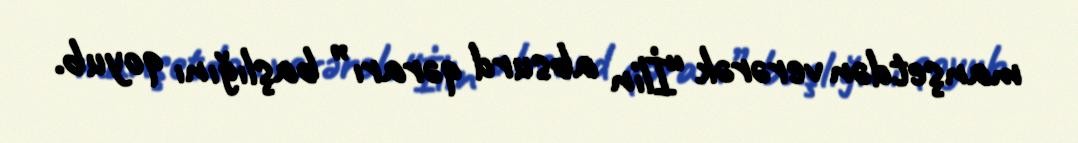
manşetdən verərək “İlin absurd qərarı” başlığını qoyub.